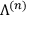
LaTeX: \Lambda ^ { ( n ) }